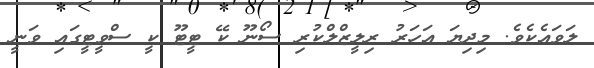
ލަވައެކެވެ. މިދިޔަ އަހަރު ރިލީޒްލްކުރި ސޯނޫ ކޭ ޓީޓޫ ކީ ސްވީޓީގައި ވަނީ